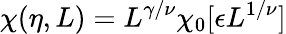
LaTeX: \chi(\eta,L)=L^{\gamma/\nu}\chi_{0}[\epsilon L^{1/\nu}]